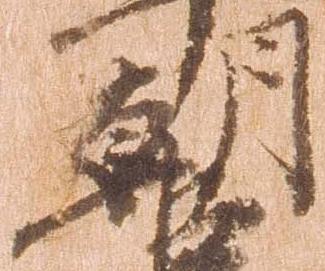
朝